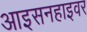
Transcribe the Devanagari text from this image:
आइसनहाइवर